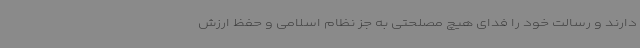
دارند و رسالت خود را فدای هیچ مصلحتی به جز نظام اسلامی و حفظ ارزش